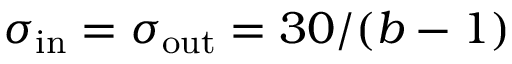
\sigma _ { \mathrm { i n } } = \sigma _ { \mathrm { o u t } } = 3 0 / ( b - 1 )